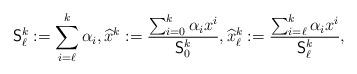
LaTeX: \begin{align*}\mathsf{S}_\ell^k:=\sum_{i=\ell}^k\alpha_i,\widehat x^k:=\frac{\sum_{i=0}^k\alpha_i x^i}{\mathsf{S}_0^k},\widehat x^k_\ell:=\frac{\sum_{i=\ell}^k\alpha_i x^i}{\mathsf{S}_\ell^k},\end{align*}